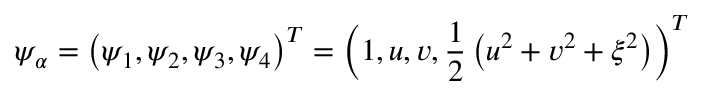
{ { \psi } _ { \alpha } } = { { \left( { { \psi } _ { 1 } } , { { \psi } _ { 2 } } , { { \psi } _ { 3 } } , { { \psi } _ { 4 } } \right) } ^ { T } } = { { \left( 1 , u , v , \frac { 1 } { 2 } \left( { { u } ^ { 2 } } + { { v } ^ { 2 } } + { { \xi } ^ { 2 } } \right) \right) } ^ { T } }